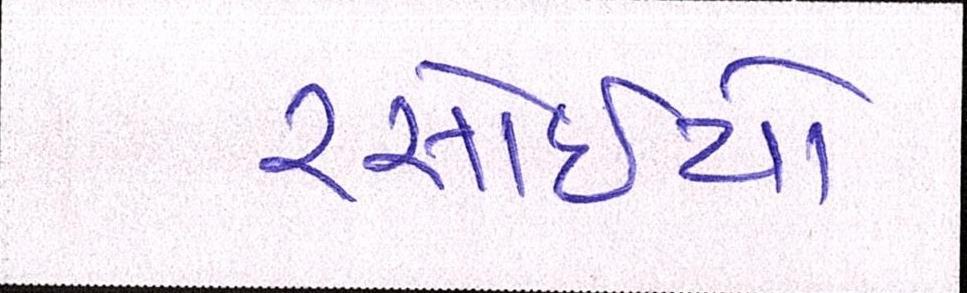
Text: રસોઈયો